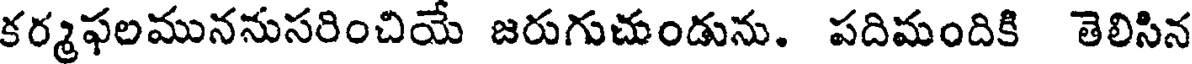
కర్మఫలముననుసరించియే జరుగుచుండును. పదిమందికి తెలిసిన